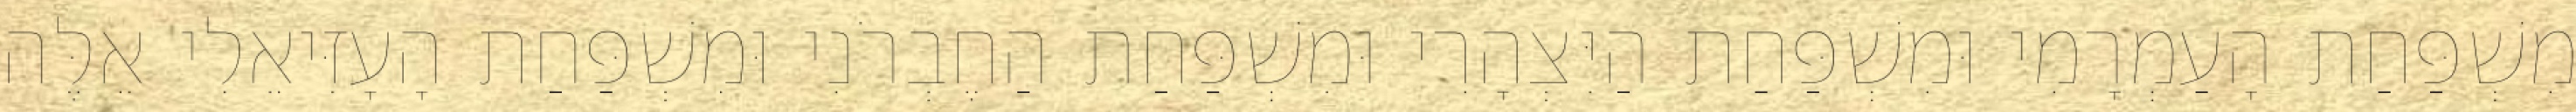
מִשְׁפַּחַת הָעַמְרָמִי וּמִשְׁפַּחַת הַיִּצְהָרִי וּמִשְׁפַּחַת הַחֶבְרֹנִי וּמִשְׁפַּחַת הָעָזִּיאֵלִי אֵלֶּה